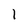
Character: I